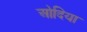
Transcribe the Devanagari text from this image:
ओदिया